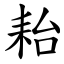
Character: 耛